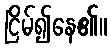
ငြိမ်၍နေ၏။